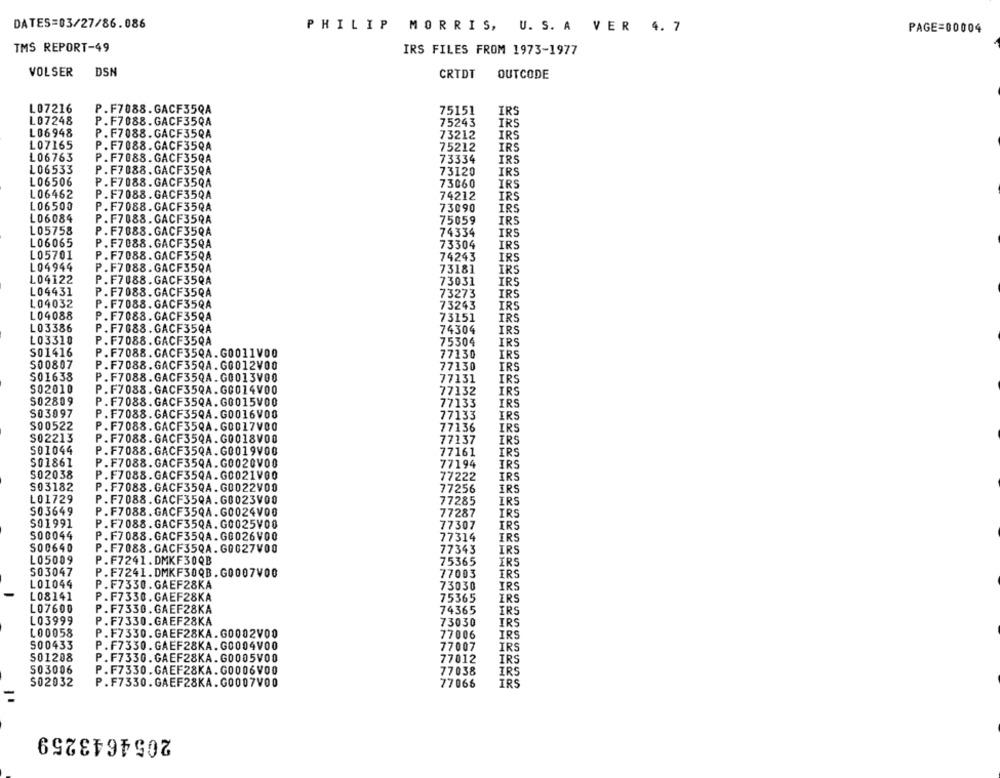
DATES=03/27/86.086
PHILIP MORRIS, U. S. A VER 4. 7
PAGE=00004
TMS REPORT-49
IRS FILES FROM 1973-1977
VOLSER DSN
CRTDT
OUTCODE
L07216
P.F7088.GACF35QA
75151
IRS
L07248
P. F7088.GACF35QA
75243
IRS
L06948
P.F7088.GACF35QA
73212
IRS
L07165
P.F7088.GACF35QA
75212
IRS
L06763
P.F7088.GACF35QA
73334
IRS
L06533
P.F7088.GACF35QA
73120
IRS
L06506
P.F7088.GACF35QA
73060
IRS
L06462
P.F7088.GACF35QA
74212
IRS
L06500
P.F7088.GACF35QA
73090
IRS
L06084
P.F7088.GACF35QA
75059
IRS
L05758
P. F7888.GACF35QA
74334
IRS
L06065
P.F7088.GACF35QA
73304
IRS
L05701
P.F7088.GACF35QA
74243
IRS
L04944
P.F7088.GACF35QA
73181
IRS
L04122
P.F7088.GACF35QA
73031
IRS
L04431
P.F7088. GACF35QA
73273
IRS
L04032
P.F7088. GACF35QA
73243
IRS
L04088
P.F7088.GACF35QA
73151
IRS
L03386
P.F7088.GACF35QA
74304
IRS
L03310
P.F7088.GACF35QA
75304
IRS
S01416
P.F7088.GACF35QA.G0011V00
77130
IRS
S00807
P.F7088.GACF35QA.G0012V00
77130
IRS
501638
P.F7088.GACF35QA.G0013V00
77131
IRS
S02010
P.F7088.GACF35QA.G0014V00
77132
IRS
S02809
P.F7088.GACF35QA.G0015V00
77133
IRS
S03097
P.F7088.GACF35QA.G0016V00
77133
IRS
S00522
P.F7088.GACF35QA.G0017V80
77136
IRS
S02213
P.F7088.GACF35QA.G0018V00
77137
IRS
S01044
P.F7088.GACF35QA.G0019V00
77161
IRS
501861
P.F7088.GACF35QA.G0020V00
77194
IRS
S02038
P.F7088.GACF35QA.G0021V00
77222
IRS
S03182
P.F7088.GACF35QA.G0022V00
77256
IRS
L01729
P.F7088.GACF35QA.G0023V00
77285
IRS
S03649
P.F7088.GACF35QA.G0024V00
77287
IRS
S01991
P.F7088.GACF35QA.G0025V00
77307
IRS
S00044
P.F7088.GACF35QA.G0026V00
77314
IRS
S00640
P.F7088.GACF35QA.G0027V00
77343
IRS
L05009
P.F7241.DMKF30QB
75365
IRS
S03047
P.F7241.DMKF30QB. G0007V00
77003
TRS
L01044
P.F7330.GAEF28KA
73030
IRS
L08141
P.F7330.GAEF28KA
75365
IRS
L07600
P.F7330.GAEF28KA
74365
IRS
L03999
P.F7330.GAEF28KA
73030
IRS
L00058
P.F7330.GAEF28KA.G0002V00
77006
IRS
500433
P.F7330.GAEF28KA.G0004V00
77007
IRS
501208
P.F7330.GAEF28KA.60005V00
77012
IRS
S03006
IRS
P.F7330.GAEF28KA.G0006V00
77038
S02032
P.F7330.GAEF28KA.G0007V00
77066
IRS
=
2054643259